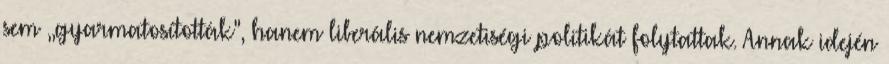
sem ,,gyarmatosították", hanem liberális nemzetiségi politikát folytattak. Annak idején